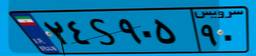
۲۴S۹۰۵۹۰